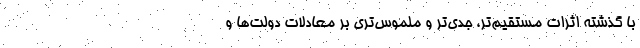
با گذشته اثرات مستقیم‌تر، جدی‌تر و ملموس‌تری بر معادلات دولت‌ها و